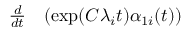
\begin{array} { r l } { \frac { d } { d t } } & { { } ( \exp ( C \lambda _ { i } t ) \alpha _ { 1 i } ( t ) ) } \end{array}